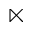
\ltimes